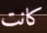
كانت